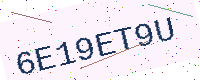
Text: 6E19ET9U